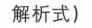
解析式)